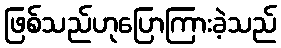
ဖြစ်သည်ဟုပြောကြားခဲ့သည်